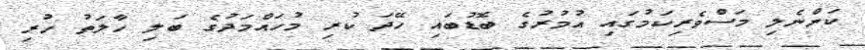
ކަންނެލި މަސްވެރިކަމުގައި އުމުރުގެ ބޮޑުބައި ހޭދަ ކުރި މުހައްމަދުގެ ބަލި ހާލަތު ހުރި